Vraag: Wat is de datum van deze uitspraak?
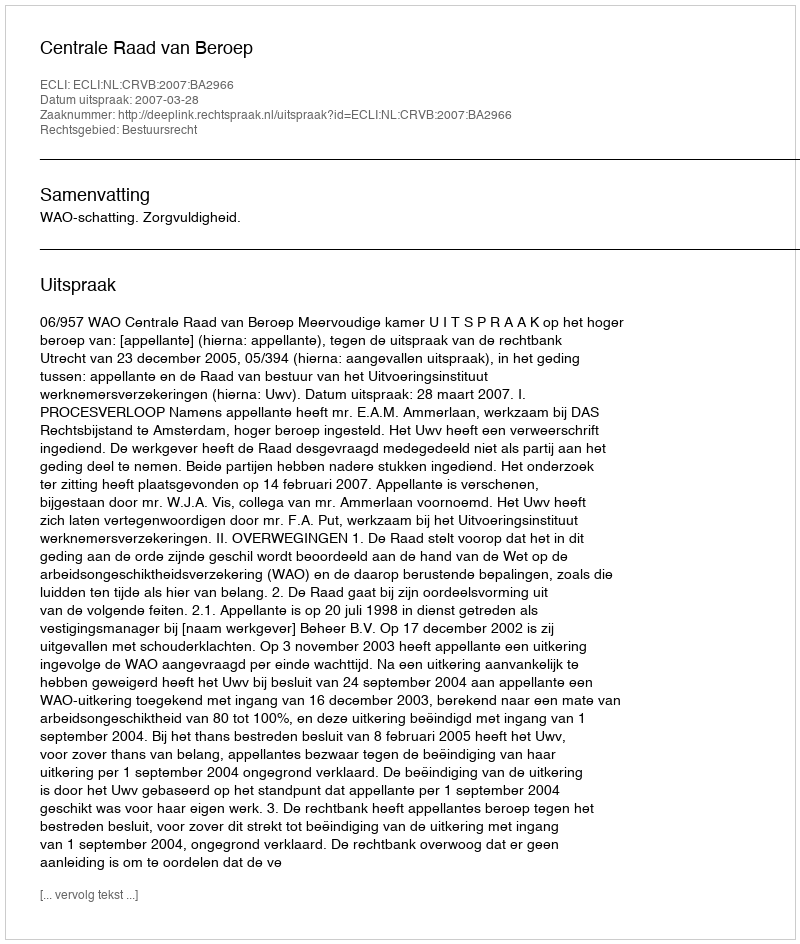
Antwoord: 2007-03-28